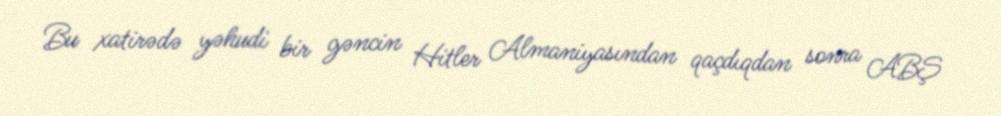
Bu xatirədə yəhudi bir gəncin Hitler Almaniyasından qaçdıqdan sonra ABŞ